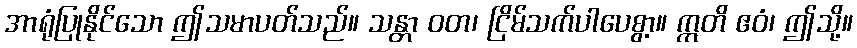
အာရုံပြုနိုင်သော ဤသမာပတ်သည်။ သန္တာ ဝတ၊ ငြိမ်သက်ပါပေစွာ့။ ဣတိ ဧဝံ၊ ဤသို့။